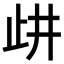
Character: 𣥞